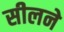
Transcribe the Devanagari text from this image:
सीलने